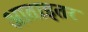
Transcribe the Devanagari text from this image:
आताइतर